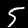
Label: 5